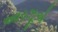
આરઝૂએ